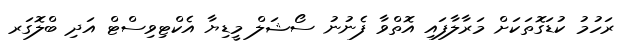
ރަހުމު ކުޑަގޮތަކަށް މަރާލާފައި އޮތްވާ ފެނުނު ސޯޝަލް މީޑިޔާ އެކްޓިވިސްޓް އަދި ބްލޮގަރ